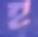
হ